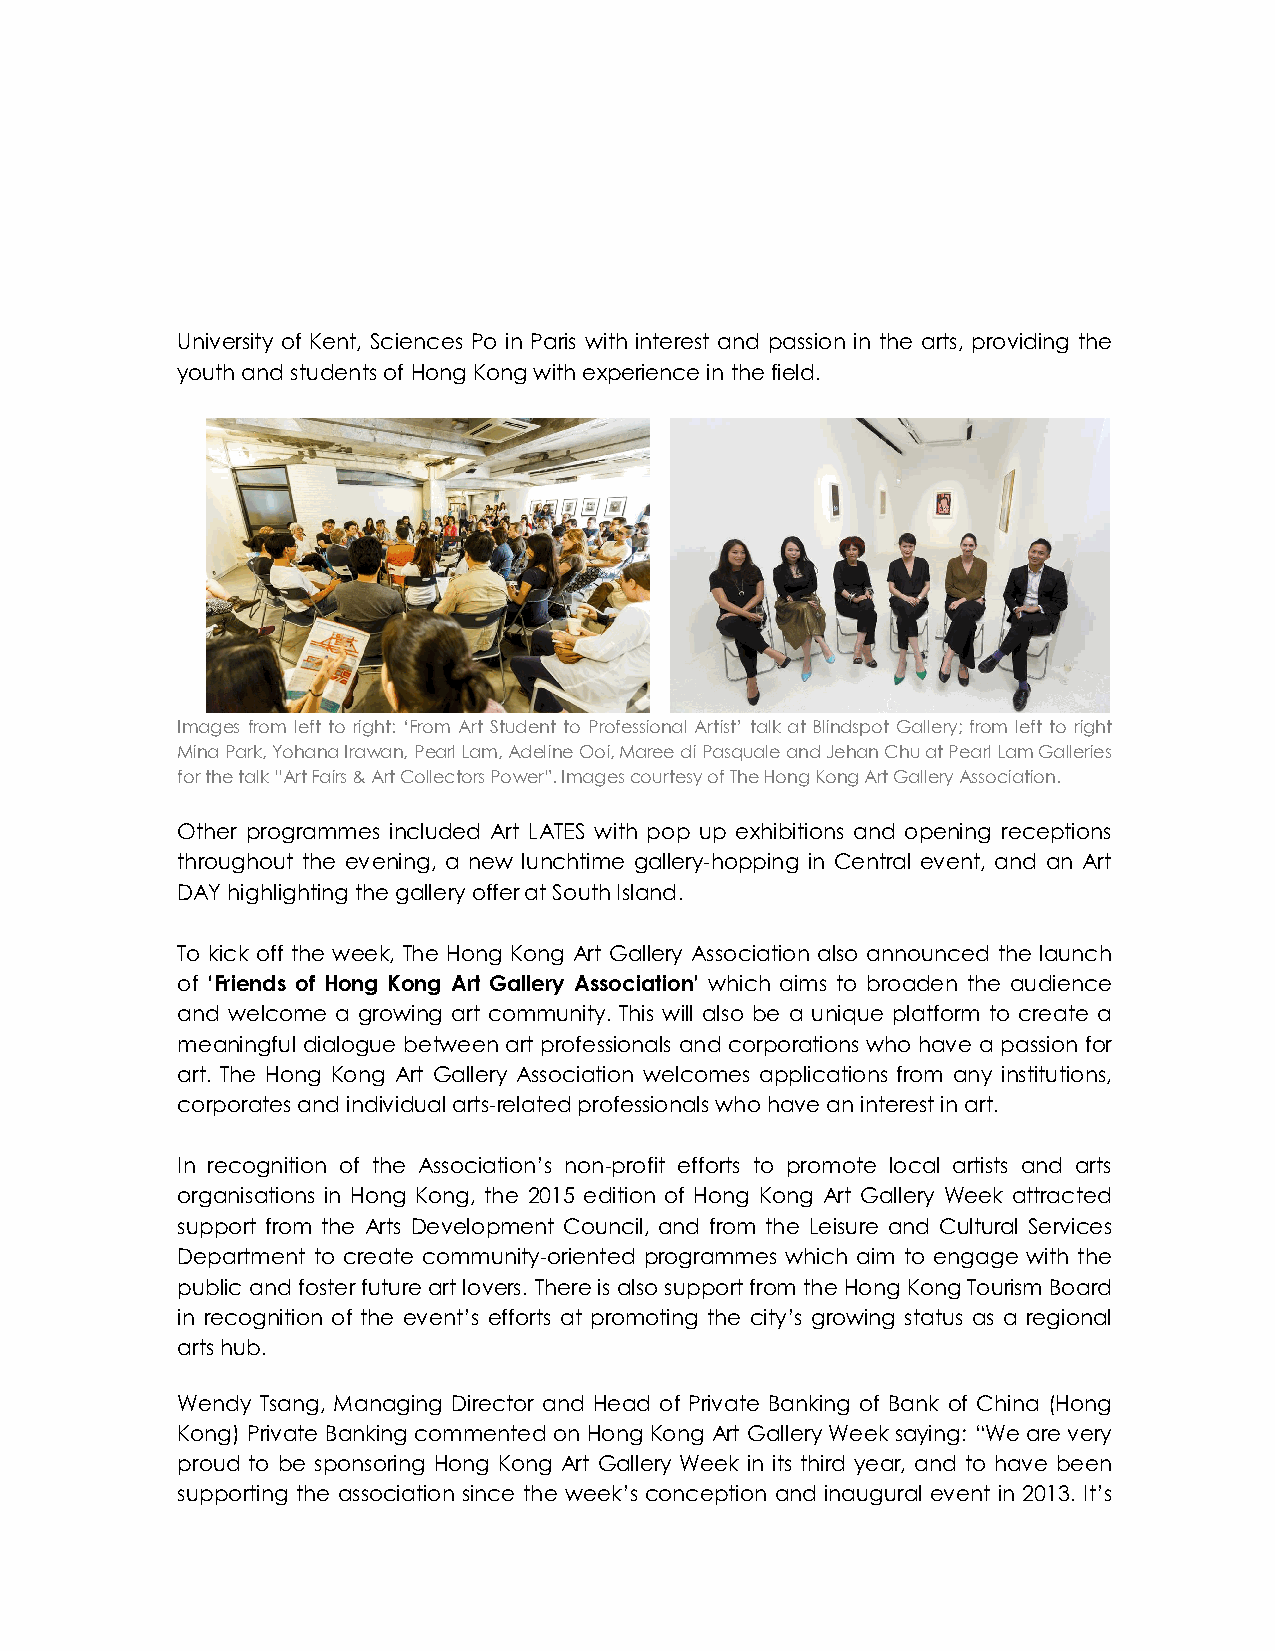
University of Kent, Sciences Po in Paris with interest and passion in the arts, providing the
 youth and students of Hong Kong with experience in the field.
 Images from left to right: ‘From Art Student to Professional Artist’ talk at Blindspot Gallery; from left to right
 Mina Park, Yohana Irawan, Pearl Lam, Adeline Ooi, Maree di Pasquale and Jehan Chu at Pearl Lam Galleries
 for the talk “Art Fairs & Art Collectors Power”. Images courtesy of The Hong Kong Art Gallery Association.
 Other programmes included Art LATES with pop up exhibitions and opening receptions
 throughout the evening, a new lunchtime gallery-hopping in Central event, and an Art
 DAY highlighting the gallery offer at South Island.
 To kick off the week, The Hong Kong Art Gallery Association also announced the launch
 of ‘Friends of Hong Kong Art Gallery Association’ which aims to broaden the audience
 and welcome a growing art community. This will also be a unique platform to create a
 meaningful dialogue between art professionals and corporations who have a passion for
 art. The Hong Kong Art Gallery Association welcomes applications from any institutions,
 corporates and individual arts-related professionals who have an interest in art.
 In recognition of the Association’s non-profit efforts to promote local artists and arts
 organisations in Hong Kong, the 2015 edition of Hong Kong Art Gallery Week attracted
 support from the Arts Development Council, and from the Leisure and Cultural Services
 Department to create community-oriented programmes which aim to engage with the
 public and foster future art lovers. There is also support from the Hong Kong Tourism Board
 in recognition of the event’s efforts at promoting the city’s growing status as a regional
 arts hub.
 Wendy Tsang, Managing Director and Head of Private Banking of Bank of China (Hong
 Kong) Private Banking commented on Hong Kong Art Gallery Week saying: “We are very
 proud to be sponsoring Hong Kong Art Gallery Week in its third year, and to have been
 supporting the association since the week’s conception and inaugural event in 2013. It’s